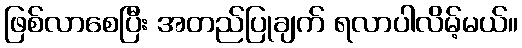
ဖြစ်လာစေပြီး အတည်ပြုချက် ရလာပါလိမ့်မယ်။